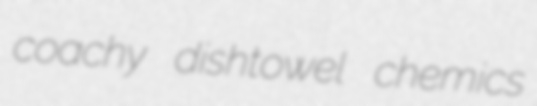
coachy dishtowel chemics